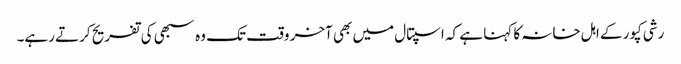
رشی کپور کے اہل خانہ کا کہنا ہے کہ اسپتال میں بھی آخر وقت تک وہ سبھی کی تفریح کرتے رہے۔